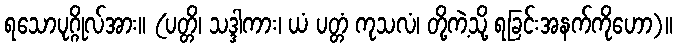
ရသောပုဂ္ဂိုလ်အား။ (ပတ္တိ၊ သဒ္ဒါကား၊ ယံ ပတ္တံ ကုသလံ၊ တို့ကဲ့သို့ ရခြင်းအနက်ကိုဟော)။